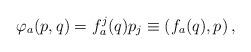
LaTeX: \begin{align*}\varphi_a(p,q)=f^j_a(q)p_j\equiv(f_a(q),p)\,,\end{align*}